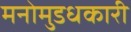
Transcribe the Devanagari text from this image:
मनोमुडधकारी